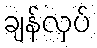
ချန်လှပ်